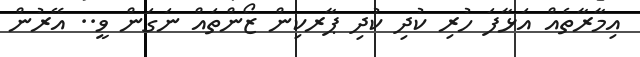
އިމާރާތެއް އަޅާފަ ހުރި ކުދި ކުދި ޕާރކިން ޒޯންތައް ނަގަން ވީ.. އޭރުން